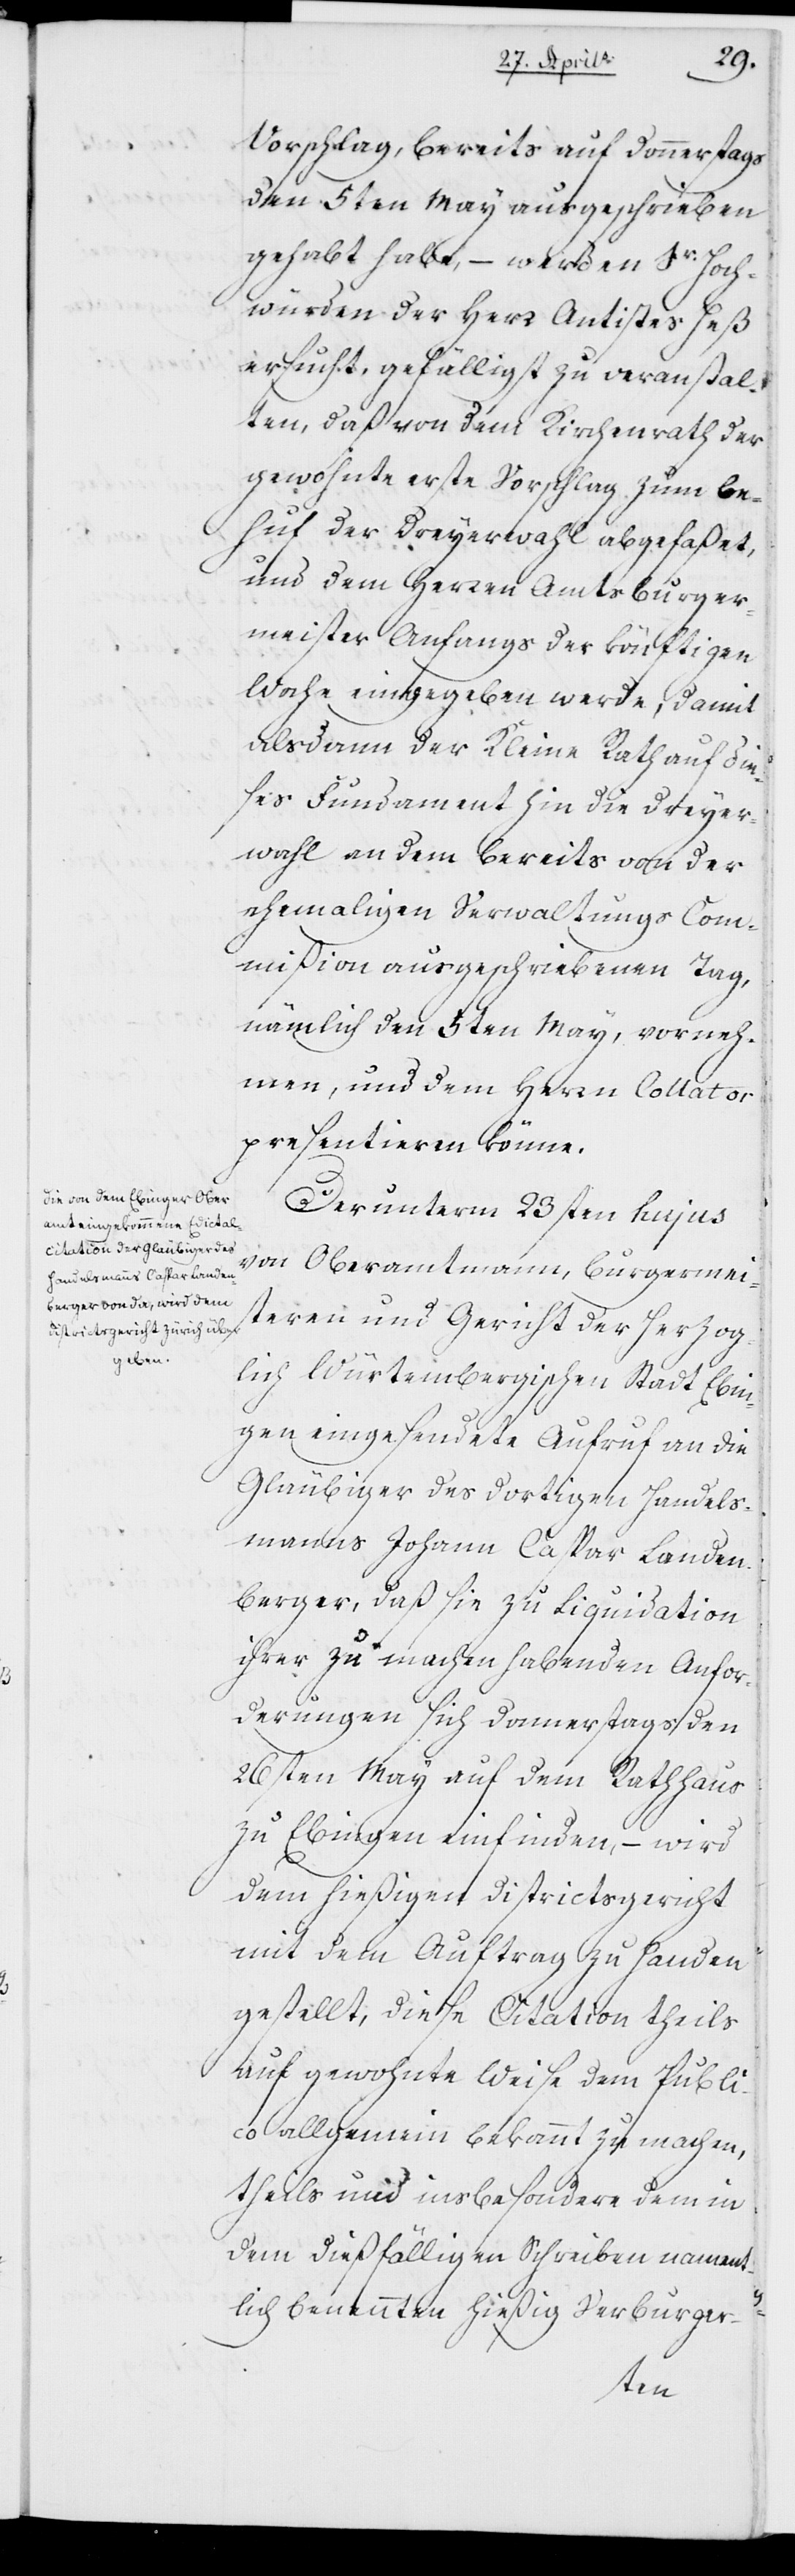
Vorschlag, bereits auf Donnerstags
den 5ten Mai ausgeschrieben
gehabt habe, – werden Ihre Hoc¬
hwürden der Herr Antistes Heß
ersucht, gefälligst zu veranstal¬
ten, daß von dem Kirchenrath der
gewohnte erste Vorschlag zum Be¬
huf der Dreyerwahl abgefaßet,
und dem Herrn Amtsburger¬
meister Anfangs der künftigen
Woche eingegeben werde, damit
alsdann der Kleine Rath auf die¬
ses Fundament hin die Dreyer¬
wahl an dem bereits von der
ehemaligen Verwaltungs Com¬
mißion ausgeschriebenen Tag,
nämmlich den 5ten May, vorneh¬
men, und dem Herrn Collator
presentieren könne.
Der unterm 23ten hujus
von Oberamtmann, Burgermei¬
steren und Gericht der Herzog¬
lich Würtembergischen Stadt Ebin¬
gen eingesendete Aufruf an die
Gläubiger des dortigen Handels¬
manns Johann Caspar Landen¬
berger, daß sie zu Liquidation
ihrer zu machen habenden Anfor¬
derungen sich donnerstags den
26ten Mai auf dem Rathaus
zu Ebingen einfinden, – wird
dem hießigen Districtsgericht
mit dem Auftrag zu Handen
gestellt; diese Citation theils
auf gewohnte Weise dem Publi¬
co allgemein bekannt zu machen,
theils und insbesondere dem in
dem dießfälligen Schreiben nament¬
lich benannten hießig Verburger-